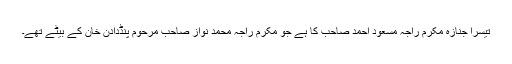
تیسرا جنازہ مکرم راجہ مسعود احمد صاحب کا ہے جو مکرم راجہ محمد نواز صاحب مرحوم پنڈدادن خان کے بیٹے تھے۔